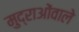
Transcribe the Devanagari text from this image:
मुद्राओंवाले